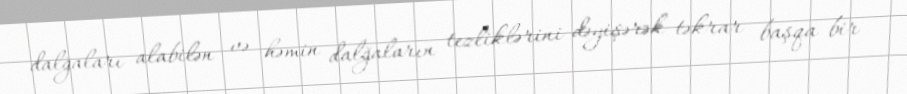
dalğaları alabilən və həmin dalğaların tezliklərini dəyişərək təkrar başqa bir